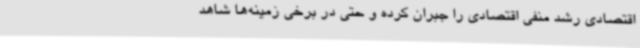
اقتصادی رشد منفی اقتصادی را جبران کرده و حتی در برخی زمینه‌ها شاهد